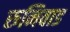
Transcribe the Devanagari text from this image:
रुनिवाड